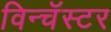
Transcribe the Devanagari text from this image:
विन्चॅस्टर